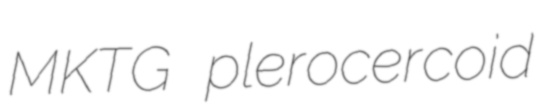
MKTG plerocercoid